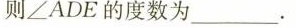
则∠ADE的度数为___。